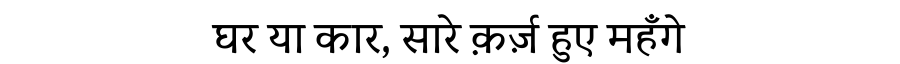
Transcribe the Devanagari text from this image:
घर या कार, सारे क़र्ज़ हुए महँगे